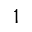
^ 1